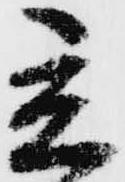
立